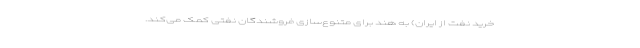
خرید نفت از ایران) به هند برای متنوع‌سازی فروشندگان نفتی کمک می‌کند.